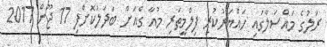
ރަލުގެ މައްސަލާގައި ހައްޔަރުކުރި ފިލްމީތަރި މުއާ ގެއަށް ބަދަލުކޮށްފި 17 ޖޫން 2017